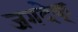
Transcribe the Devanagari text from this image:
जगदेक्